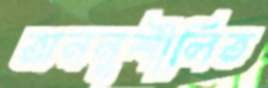
অননুশীলিত